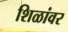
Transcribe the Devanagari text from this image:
शिळांवर